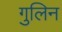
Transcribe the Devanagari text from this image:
गुलिन